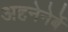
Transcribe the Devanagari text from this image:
अहनेनेर्बे